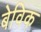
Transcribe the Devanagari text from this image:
बेविक